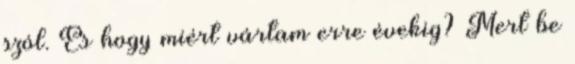
szól. És hogy miért vártam erre évekig? Mert be